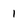
Character: 1